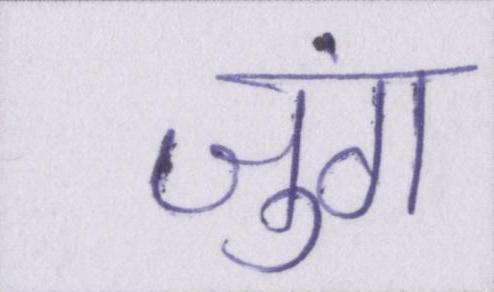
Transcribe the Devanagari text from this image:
जुंग